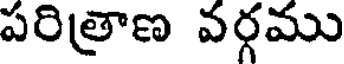
పరిత్రాణ వర్గము